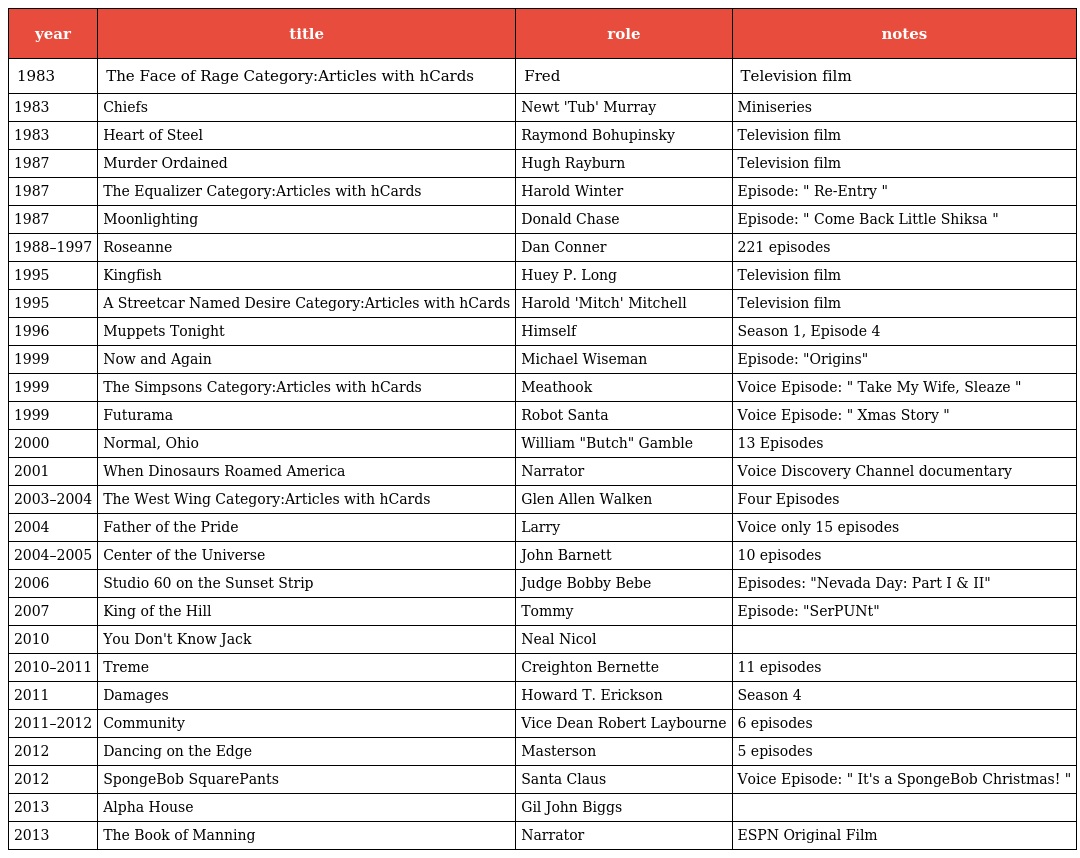
| year | title | role | notes |
 | --- | --- | --- | --- |
 | 1983 | The Face of Rage Category:Articles with hCards | Fred | Television film |
 | 1983 | Chiefs | Newt 'Tub' Murray | Miniseries |
 | 1983 | Heart of Steel | Raymond Bohupinsky | Television film |
 | 1987 | Murder Ordained | Hugh Rayburn | Television film |
 | 1987 | The Equalizer Category:Articles with hCards | Harold Winter | Episode: " Re-Entry " |
 | 1987 | Moonlighting | Donald Chase | Episode: " Come Back Little Shiksa " |
 | 1988–1997 | Roseanne | Dan Conner | 221 episodes |
 | 1995 | Kingfish | Huey P. Long | Television film |
 | 1995 | A Streetcar Named Desire Category:Articles with hCards | Harold 'Mitch' Mitchell | Television film |
 | 1996 | Muppets Tonight | Himself | Season 1, Episode 4 |
 | 1999 | Now and Again | Michael Wiseman | Episode: "Origins" |
 | 1999 | The Simpsons Category:Articles with hCards | Meathook | Voice Episode: " Take My Wife, Sleaze " |
 | 1999 | Futurama | Robot Santa | Voice Episode: " Xmas Story " |
 | 2000 | Normal, Ohio | William "Butch" Gamble | 13 Episodes |
 | 2001 | When Dinosaurs Roamed America | Narrator | Voice Discovery Channel documentary |
 | 2003–2004 | The West Wing Category:Articles with hCards | Glen Allen Walken | Four Episodes |
 | 2004 | Father of the Pride | Larry | Voice only 15 episodes |
 | 2004–2005 | Center of the Universe | John Barnett | 10 episodes |
 | 2006 | Studio 60 on the Sunset Strip | Judge Bobby Bebe | Episodes: "Nevada Day: Part I & II" |
 | 2007 | King of the Hill | Tommy | Episode: "SerPUNt" |
 | 2010 | You Don't Know Jack | Neal Nicol |  |
 | 2010–2011 | Treme | Creighton Bernette | 11 episodes |
 | 2011 | Damages | Howard T. Erickson | Season 4 |
 | 2011–2012 | Community | Vice Dean Robert Laybourne | 6 episodes |
 | 2012 | Dancing on the Edge | Masterson | 5 episodes |
 | 2012 | SpongeBob SquarePants | Santa Claus | Voice Episode: " It's a SpongeBob Christmas! " |
 | 2013 | Alpha House | Gil John Biggs |  |
 | 2013 | The Book of Manning | Narrator | ESPN Original Film |